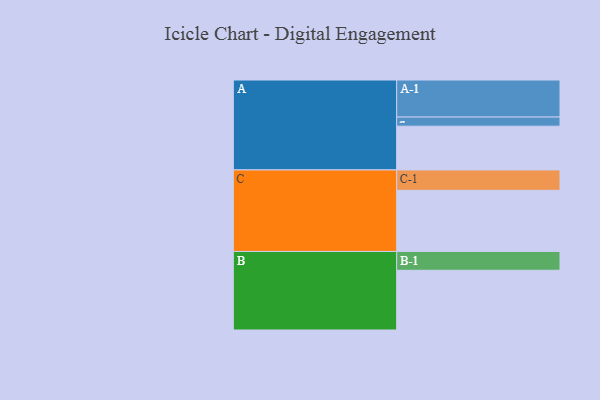
{"axis": {"x": "Segment", "y": "Value"}, "legend": ["", "A", "B", "C"], "data": [{"x": "A", "y": 307, "type": ""}, {"x": "B", "y": 419, "type": ""}, {"x": "C", "y": 429, "type": ""}, {"x": "A-1", "y": 260, "type": "A"}, {"x": "A-2", "y": 64, "type": "A"}, {"x": "B-1", "y": 132, "type": "B"}, {"x": "C-1", "y": 143, "type": "C"}]}